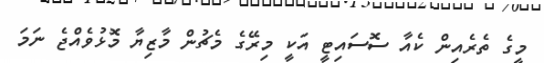
މީގެ ތެރެއިން ކެއާ ސޮސައިޓީ އަކީ މިރޭގެ މެޗުން މާޒިޔާ މޮޅުވެއްޖެ ނަމަ